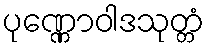
ပုဏ္ဏောဝါဒသုတ္တံ